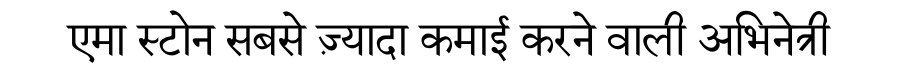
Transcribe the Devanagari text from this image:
एमा स्टोन सबसे ज़्यादा कमाई करने वाली अभिनेत्री